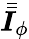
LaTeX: \bar{\bar{\boldsymbol{I}}}_{\phi}